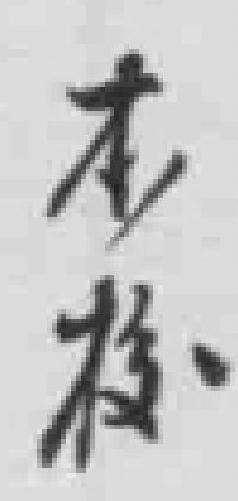
本校